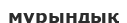
мұрындық